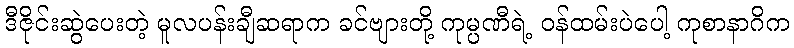
ဒီဇိုင်းဆွဲပေးတဲ့ မူလပန်းချီဆရာက ခင်ဗျားတို့ ကုမ္ပဏီရဲ့ ဝန်ထမ်းပဲပေါ့ ကုစာနာဂိက